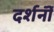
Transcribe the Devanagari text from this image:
दर्शनॊं